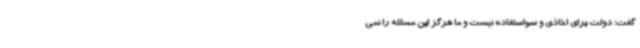
گفت: دولت برای اخاذی و سواستفاده نیست و ما هرگز این مسئله را نمی‌